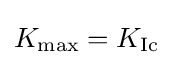
K_{\text{max}}=K_{\text{Ic}}